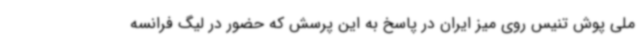
ملی پوش تنیس روی میز ایران در پاسخ به این پرسش که حضور در لیگ فرانسه